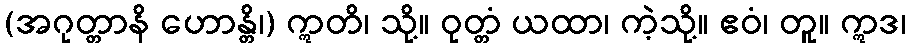
(အဂုတ္တာနိ ဟောန္တိ၊) ဣတိ၊ သို့။ ဝုတ္တံ ယထာ၊ ကဲ့သို့။ ဧဝံ၊ တူ။ ဣဒ၊